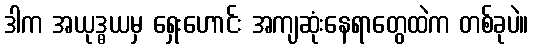
ဒါက အယုဒ္ဓယမှ ရှေးဟောင်း အကျဆုံးနေရာတွေထဲက တစ်ခုပဲ။